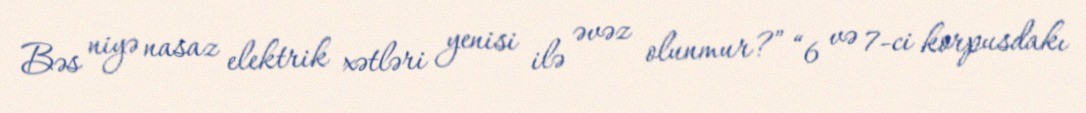
Bəs niyə nasaz elektrik xətləri yenisi ilə əvəz olunmur?” “6 və 7-ci korpusdakı